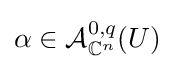
\alpha \in {\mathcal {A}}_{\mathbb {C} ^{n}}^{0,q}(U)